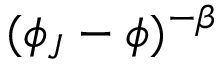
( \phi _ { J } - \phi ) ^ { - \beta }